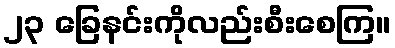
၂၃ ခြေနင်းကိုလည်းစီးစေကြ။